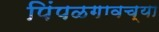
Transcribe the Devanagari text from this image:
पिंपळगावच्या